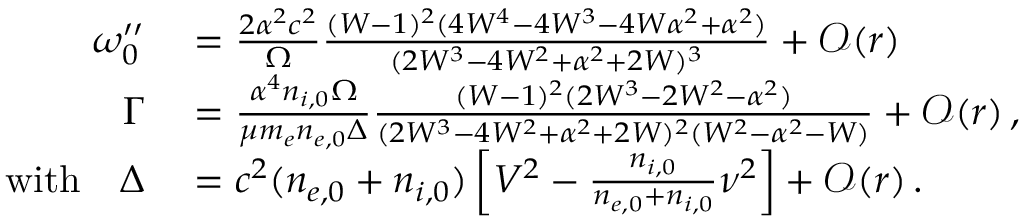
\begin{array} { r l } { \omega _ { 0 } ^ { \prime \prime } } & { { } = \frac { 2 \alpha ^ { 2 } c ^ { 2 } } { \Omega } \frac { ( W - 1 ) ^ { 2 } ( 4 W ^ { 4 } - 4 W ^ { 3 } - 4 W \alpha ^ { 2 } + \alpha ^ { 2 } ) } { ( 2 W ^ { 3 } - 4 W ^ { 2 } + \alpha ^ { 2 } + 2 W ) ^ { 3 } } + \mathcal { O } ( r ) } \\ { \Gamma } & { { } = \frac { \alpha ^ { 4 } n _ { i , 0 } \Omega } { \mu m _ { e } n _ { e , 0 } \Delta } \frac { ( W - 1 ) ^ { 2 } ( 2 W ^ { 3 } - 2 W ^ { 2 } - \alpha ^ { 2 } ) } { ( 2 W ^ { 3 } - 4 W ^ { 2 } + \alpha ^ { 2 } + 2 W ) ^ { 2 } ( W ^ { 2 } - \alpha ^ { 2 } - W ) } + \mathcal { O } ( r ) \, , } \\ { \mathrm { w i t h } \quad \Delta } & { { } = c ^ { 2 } ( n _ { e , 0 } + n _ { i , 0 } ) \left[ V ^ { 2 } - \frac { n _ { i , 0 } } { n _ { e , 0 } + n _ { i , 0 } } \nu ^ { 2 } \right] + \mathcal { O } ( r ) \, . } \end{array}